system: You are a helpful assistant.
user:
Analyze the provided spectrum to determine if it is a **Carbon Star (C-type)**.

- **Key Visual Indicators of Carbon Star:**
    - **(Primary):** Strong molecular absorption from **C₂ (diatomic carbon) "Swan Bands."** This is the **defining feature** of a carbon star.
        - **(Key Bandheads):** Sharp absorption edges are visible at approximately $5635$ Å, $5165$ Å (the strongest band), and $4737$ Å.
        - **(Line Profile):** Creates a distinct **"saw-tooth"** pattern. The key morphology is a sharp, steep bandhead on the **red (long-wavelength) side**, which then gradually tapers off (i.e., flux recovers) towards the **blue (short-wavelength) side**. *(This is the direct opposite of the TiO bands seen in M-type stars)*.

    - **(Secondary):** Intense **CN (cyanogen)** molecular absorption bands.
        - **(Key Bandheads):** Located in the blue and violet regions of the spectrum (e.g., near $4215$ Å and $3883$ Å).
        - **(Morphology):** These bands are extremely broad and act as a "blanket," absorbing the vast majority of blue and violet light. This creates a characteristic **"cliff"** or **"steep drop-off"** in the spectrum's flux at short wavelengths.

    - **(Key Confirmation):** Strong **CH absorption band (G-band)**.
        - **(Key Bandhead):** Located around $4300$ Å. The contribution from CH molecules to this band is exceptionally strong.

    - **(Overall Spectrum):**
        - The continuum is severely "chopped up" by these deep molecular bands, especially C₂, rather than appearing as a smooth curve.
        - Due to the heavy CN and C₂ absorption in the blue-green, the vast majority of the star's flux is concentrated in the red part of the spectrum, giving the star its characteristic deep red color.

Think first, call **spectral_visualization_tool** if needed to examine features in detail, then provide your final answer. Your response must adhere to the following strict rules:
1.  **Overall Structure:** Your response must follow the format `<think>...</think> <tool_call>...</tool_call> (if a tool is used) <answer>...</answer>`.
2.  **Tool Usage Constraint:** You may only make **one** tool call per turn.
3.  **Final Answer Format:** In the `<answer>` tag, your conclusion must be inside a `\boxed{}` command (e.g., `\boxed{YES}`), followed by your justification.

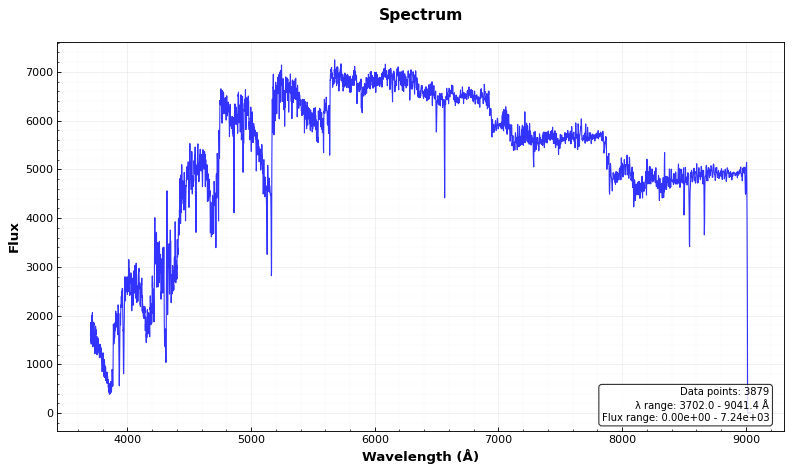
Answer: YES